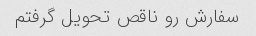
سفارش رو ناقص تحویل گرفتم